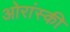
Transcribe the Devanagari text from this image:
ओरांस्की